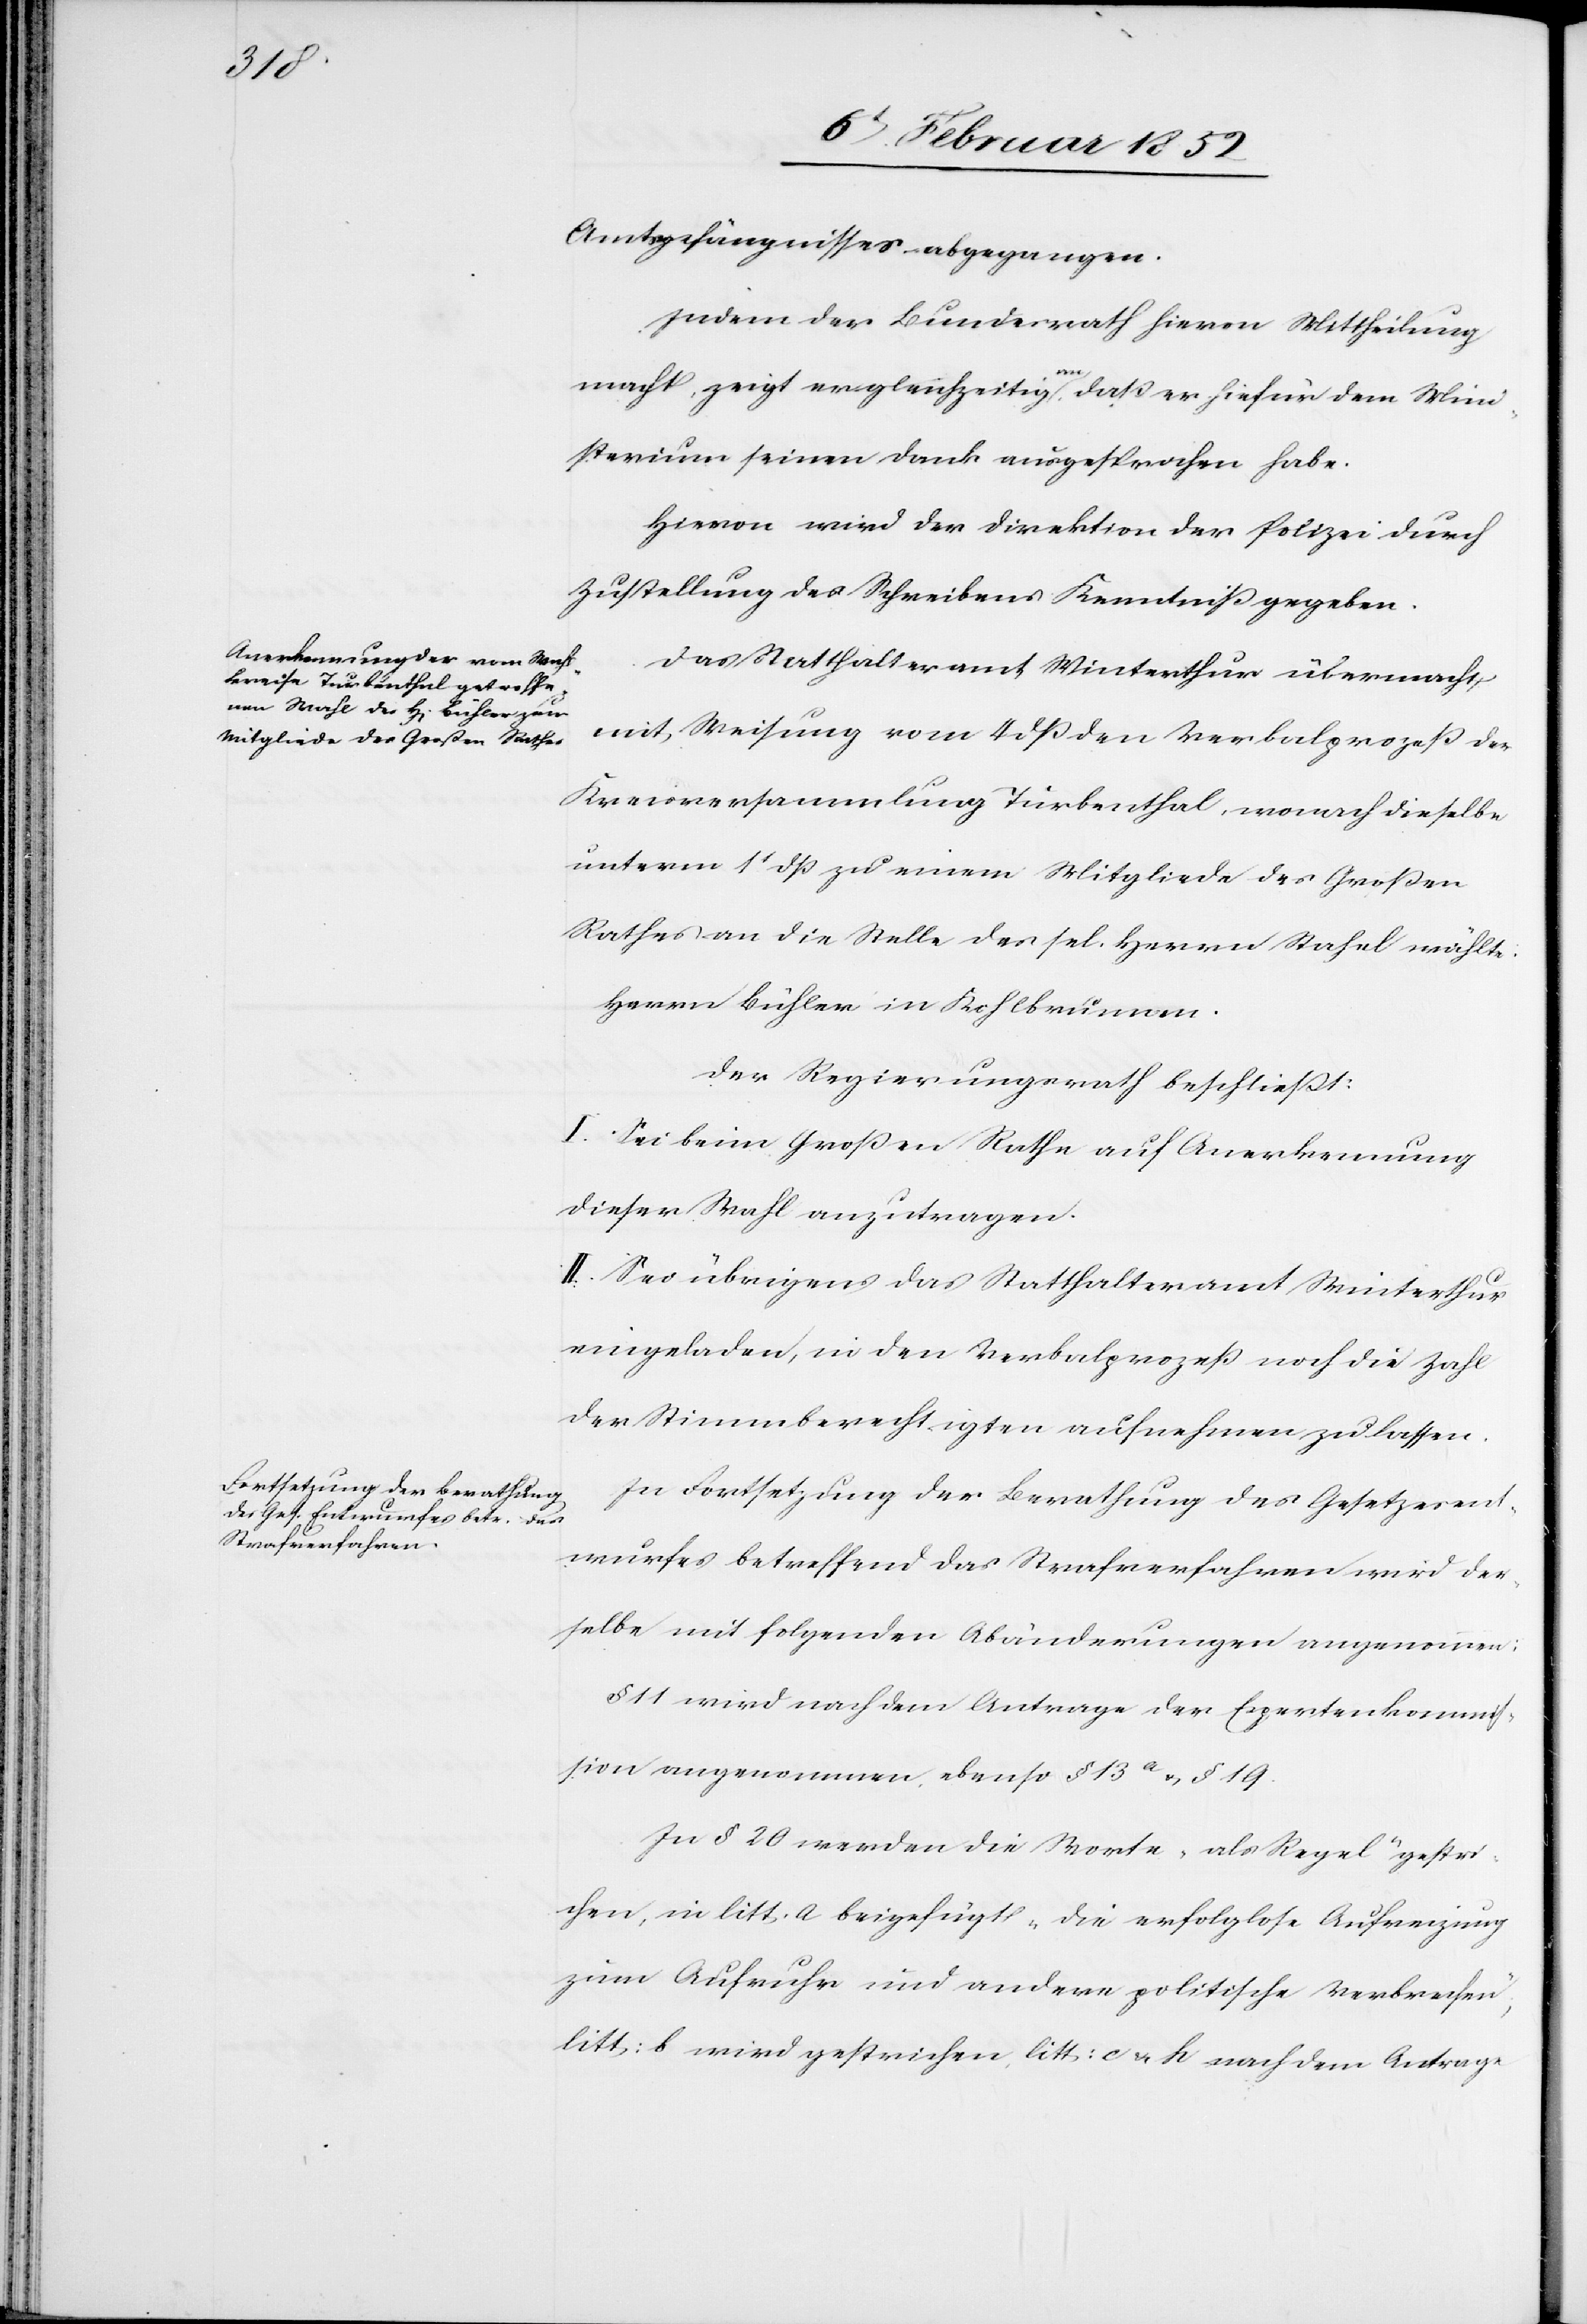
Amtsgefängnisses abgegangen.
Indem der Bundesrath hiervon Mittheilung
macht, zeigt er gleichzeitig an, daß er hiefür dem Mini¬
sterium seinen Dank ausgesprochen habe.
Hiervon wird der Direktion der Polizei durch
Zustellung des Schreibens Kenntniß gegeben.
Das Statthalteramt Winterthur übermacht
mit Weisung vom 4 dß den Verbalprozeß der
Kreisversammlung Turbenthal, wonach dieselbe
unterm 1t dß zu einem Mitgliede des Großen
Rathes die Stelle des sel. Herren Stahel wählte:
Herrn Bühler in Kohlbrunnen.
Der Regierungsrath beschließt:
I. Sei beim Großen Rathe auf Anerkennung
dieser Wahl anzutragen.
II. Sei übrigens das Statthalteramt Winterthur
eingeladen, in den Verbalprozeß noch die Zahl
der Stimmberechtigten aufnehmen zu lassen.
In Fortsetzung der Berathung des Gesetzesent¬
wurfes betreffend das Strafverfahren wird der¬
selbe mit folgenden Abänderungen angenommen:
§ 11 wird nach dem Antrage der Expertenkommiß¬
ion angenommen, ebenso § 13a u. § 19.
In § 20 werden die Worte „als Regel“ gestri¬
chen, in litt. a. beigefügt „die erfolglose Aufreizung
zum Aufruhr und andere politische Verbrechen“,
litt. b. wird gestrichen, litt: c u. h. nach dem Antrage